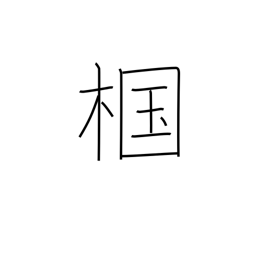
Meaning: type of oak tree